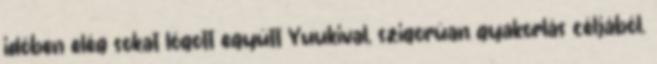
időben elég sokat lógott együtt Yuukival, szigorúan gyakorlás céljából.